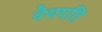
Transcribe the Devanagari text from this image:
वेमपति